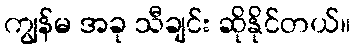
ကျွန်မ အခု သီချင်း ဆိုနိုင်တယ်။